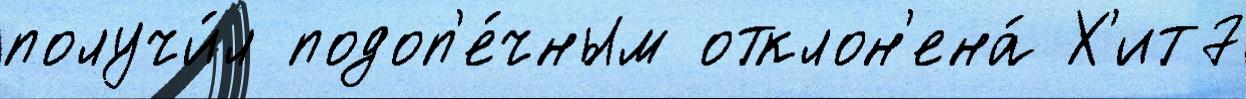
получи́л подоп'е́чным отклон'ена́ Х'ит7